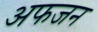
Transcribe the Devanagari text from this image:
अफजन